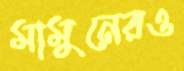
মামুনেরও